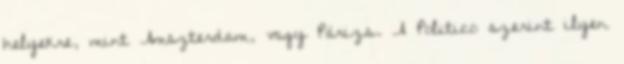
helyekre, mint Amszterdam, vagy Párizs. A Politico szerint ilyen